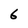
Character: 6